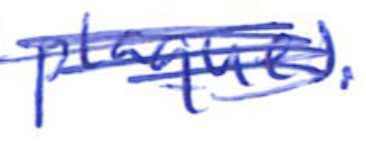
Text: plaques.
Cross-out: scratch
Writing tool: ballpoint